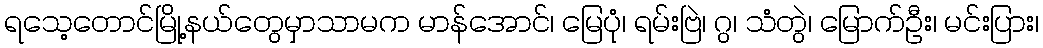
ရသေ့တောင်မြို့နယ်တွေမှာသာမက မာန်အောင်၊ မြေပုံ၊ ရမ်းဗြဲ၊ ဂွ၊ သံတွဲ၊ မြောက်ဦး၊ မင်းပြား၊